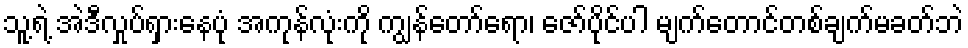
သူ့ရဲ့ အဲဒီလှုပ်ရှားနေပုံ အကုန်လုံးကို ကျွန်တော်ရော၊ ဇော်ပိုင်ပါ မျက်တောင်တစ်ချက်မခတ်ဘဲ